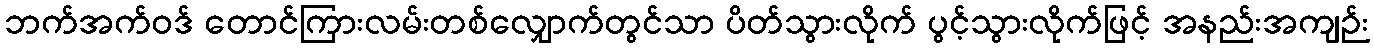
ဘက်အက်ဝဒ် တောင်ကြားလမ်းတစ်လျှောက်တွင်သာ ပိတ်သွားလိုက် ပွင့်သွားလိုက်ဖြင့် အနည်းအကျဉ်း